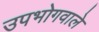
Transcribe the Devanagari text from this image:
उपभोगवाले